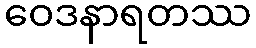
ဝေဒနာရတဿ